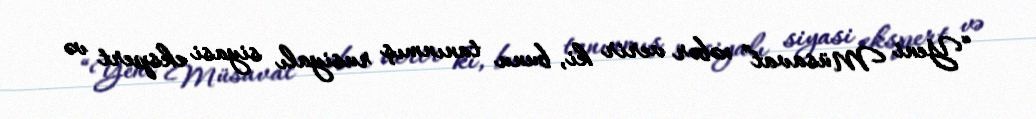
“Yeni Müsavat” xəbər verir ki, bunu tanınmış rusiyalı siyasi ekspert və